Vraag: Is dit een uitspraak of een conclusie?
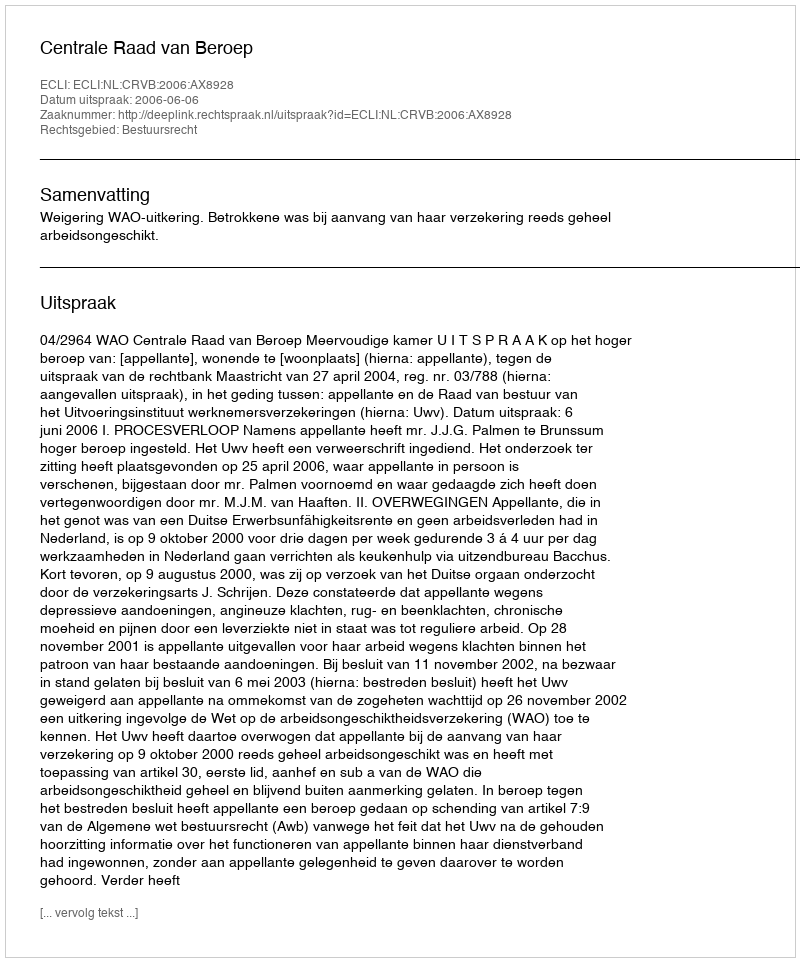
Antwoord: Uitspraak